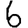
Digit: 6